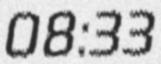
08:33